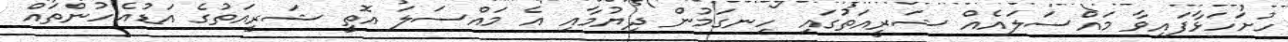
ހުށަހަޅާފައިވާ މައްސަލައެއް ޝަރީއަތުގައި ހިނގަމުން ދިޔުމާއި އެ މައްސަލަ އޮތީ ޝަރީއަތުގެ އަޑުއެހުންތައް